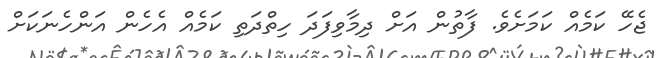
ޖެހޭ ކަމެއް ކަމަށެވެ. ފާތުން އަށް ދިމާވިފަދަ ހިތްދަތި ކަމެއް އެހެން އަންހެނަކަށް